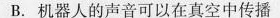
B.机器人的声音可以在真空中传播